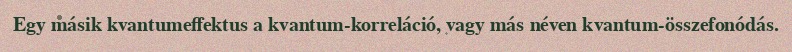
Egy másik kvantumeffektus a kvantum-korreláció, vagy más néven kvantum-összefonódás.